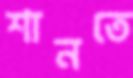
শানতে